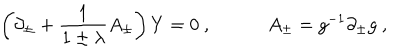
\left( \partial _ { \pm } + { \frac { 1 } { 1 \pm \lambda } } A _ { \pm } \right) Y = 0 \ , \quad \quad \quad A _ { \pm } = g ^ { - 1 } \partial _ { \pm } g \ ,